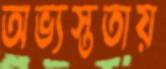
অভ্যস্ততায়